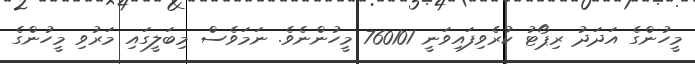
މީހުންގެ އަދަދު ރިޕޯޓު ކުރެވިފައިވަނީ 760101 މީހުންނެވެ. ނަމަވެސް މިބަލީގައި މަރުވި މީހުންގެ